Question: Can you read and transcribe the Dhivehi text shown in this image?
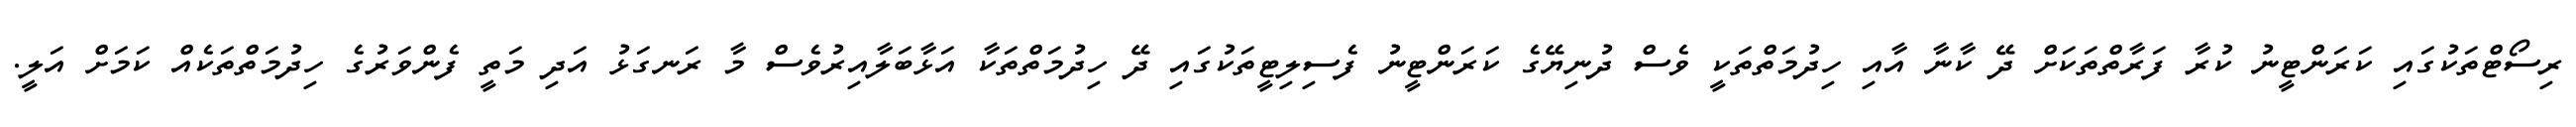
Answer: ރިސޯޓްތަކުގައި ކަރަންޓީނު ކުރާ ފަރާތްތަކަށް ދޭ ކާނާ އާއި ހިދުމަތްތަކީ ވެސް ދުނިޔޭގެ ކަރަންޓީނު ފެސިލިޓީތަކުގައި ދޭ ހިދުމަތްތަކާ އަޅާބަލާއިރުވެސް މާ ރަނގަޅު އަދި މަތީ ފެންވަރުގެ ހިދުމަތްތަކެއް ކަމަށް އަލީ.